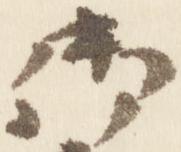
御